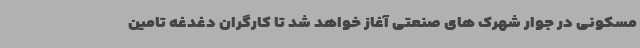
مسکونی در جوار شهرک های صنعتی آغاز خواهد شد تا کارگران دغدغه تامین